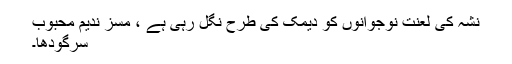
نشہ کی لعنت نوجوانوں کو دیمک کی طرح نگل رہی ہے ، مسز ندیم محبوب
سرگودھا۔